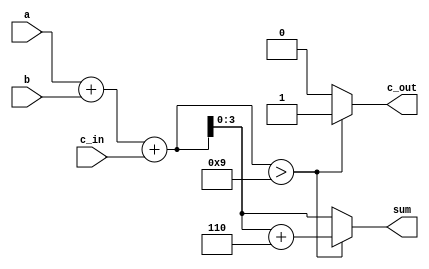
`timescale 1ns / 1ps
//////////////////////////////////////////////////////////////////////////////////
// Company: 
// Engineer: 
// 
// Design Name: 
// Module Name: bcd_adder
// Project Name: 
// Target Devices: 
// Tool Versions: 
// Description: 
// 
// Dependencies: 
// 
// Revision:
// Revision 0.01 - File Created
// Additional Comments:
// 
//////////////////////////////////////////////////////////////////////////////////


module bcd_adder(
    input [3:0] a,b,
    input c_in,
    output reg [3:0] sum,
    output reg c_out
    );
    
    // temporary storage to store extra bit
    reg [4:0] temp_sum;
    
    always@(a or b or c_in)
    begin
        temp_sum = a + b + c_in;
        if(temp_sum > 9)
        begin
            c_out = 1'b1;
            temp_sum = temp_sum + 6;
            sum = temp_sum[3:0];
        end
        else
        begin
            c_out = 1'b0;  
            sum = temp_sum[3:0];
        end
    end    
endmodule